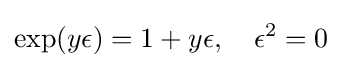
\exp(y\epsilon )=1+y\epsilon ,\quad \epsilon ^{2}=0